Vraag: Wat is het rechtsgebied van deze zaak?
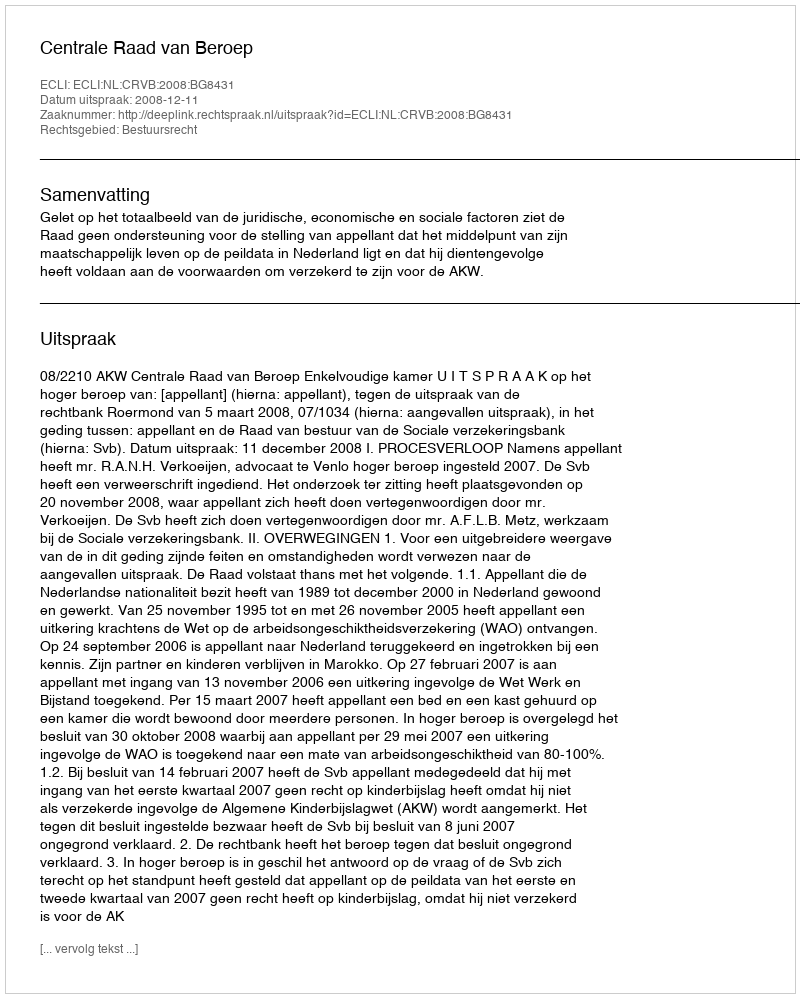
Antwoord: Bestuursrecht